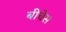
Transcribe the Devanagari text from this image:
बीबेस